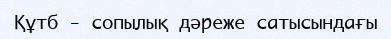
Құтб - сопылық дәреже сатысындағы